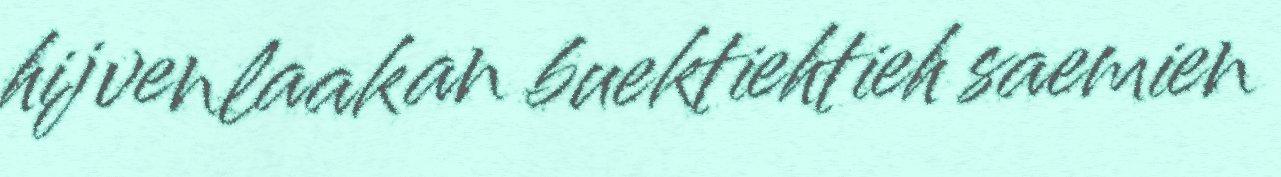
hijvenlaakan buektiehtieh saemien